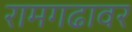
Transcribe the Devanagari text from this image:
रामगढावर